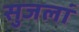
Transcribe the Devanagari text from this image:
सुजलां